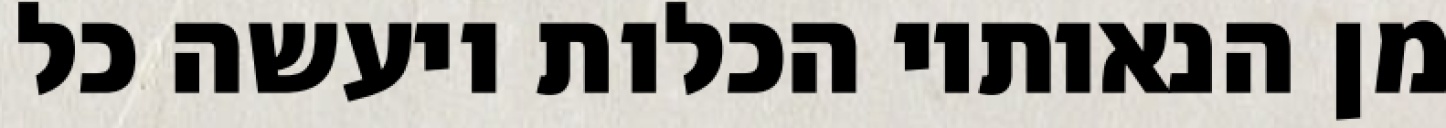
מן הנאותיו הכלות ויעשה כל